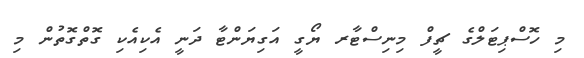
މި ހޮސްޕިޓަލްގެ ޗީފް މިނިސްޓާރ ޔޯގީ އަގިޔަންޓާ ދަނީ އެކިއެކި ގޮތްގޮތުން މި